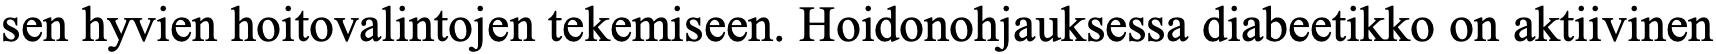
sen hyvien hoitovalintojen tekemiseen. Hoidonohjauksessa diabeetikko on aktiivinen